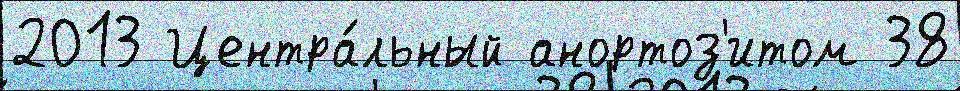
2013 Центра́льный анортоз'итом 38